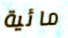
مائية